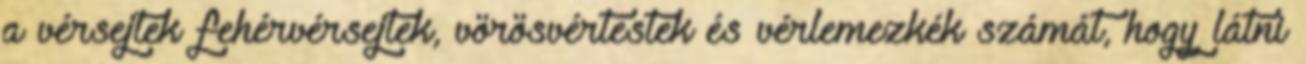
a vérsejtek fehérvérsejtek, vörösvértestek és vérlemezkék számát, hogy látni